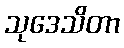
သုဒေသိတာ